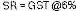
SR = GST @6%